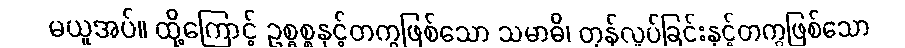
မယူအပ်။ ထို့ကြောင့် ဥစ္ဓစ္စနှင့်တကွဖြစ်သော သမာဓိ၊ တုန်လှုပ်ခြင်းနှင့်တကွဖြစ်သော